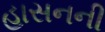
હાસનની